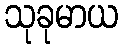
သုခုမာယ